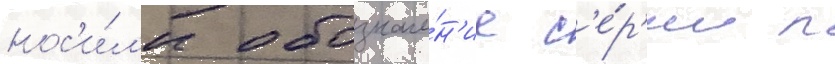
нос'и́л'и обозначе́н'ие с'е́р'ии п